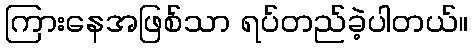
ကြားနေအဖြစ်သာ ရပ်တည်ခဲ့ပါတယ်။